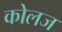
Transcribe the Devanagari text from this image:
कोलज